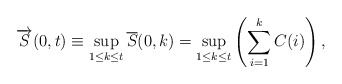
\begin{align*} \overrightarrow{S}(0,t) \equiv \sup_{1\le k\le t} \overline{S}(0,k) = \sup_{{1}\le{k}\le{t}}\left(\sum\limits_{i=1}\limits^{k}{C(i)}\right),\end{align*}